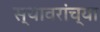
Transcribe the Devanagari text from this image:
स्थावरांच्या